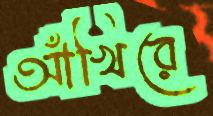
আঁখিরে